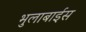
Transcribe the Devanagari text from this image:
भुलाबाईस